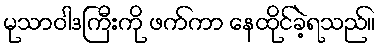
မုသာဝါဒကြီးကို ဖက်ကာ နေထိုင်ခဲ့ရသည်။